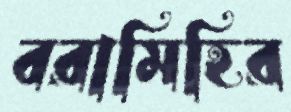
বরামিহির